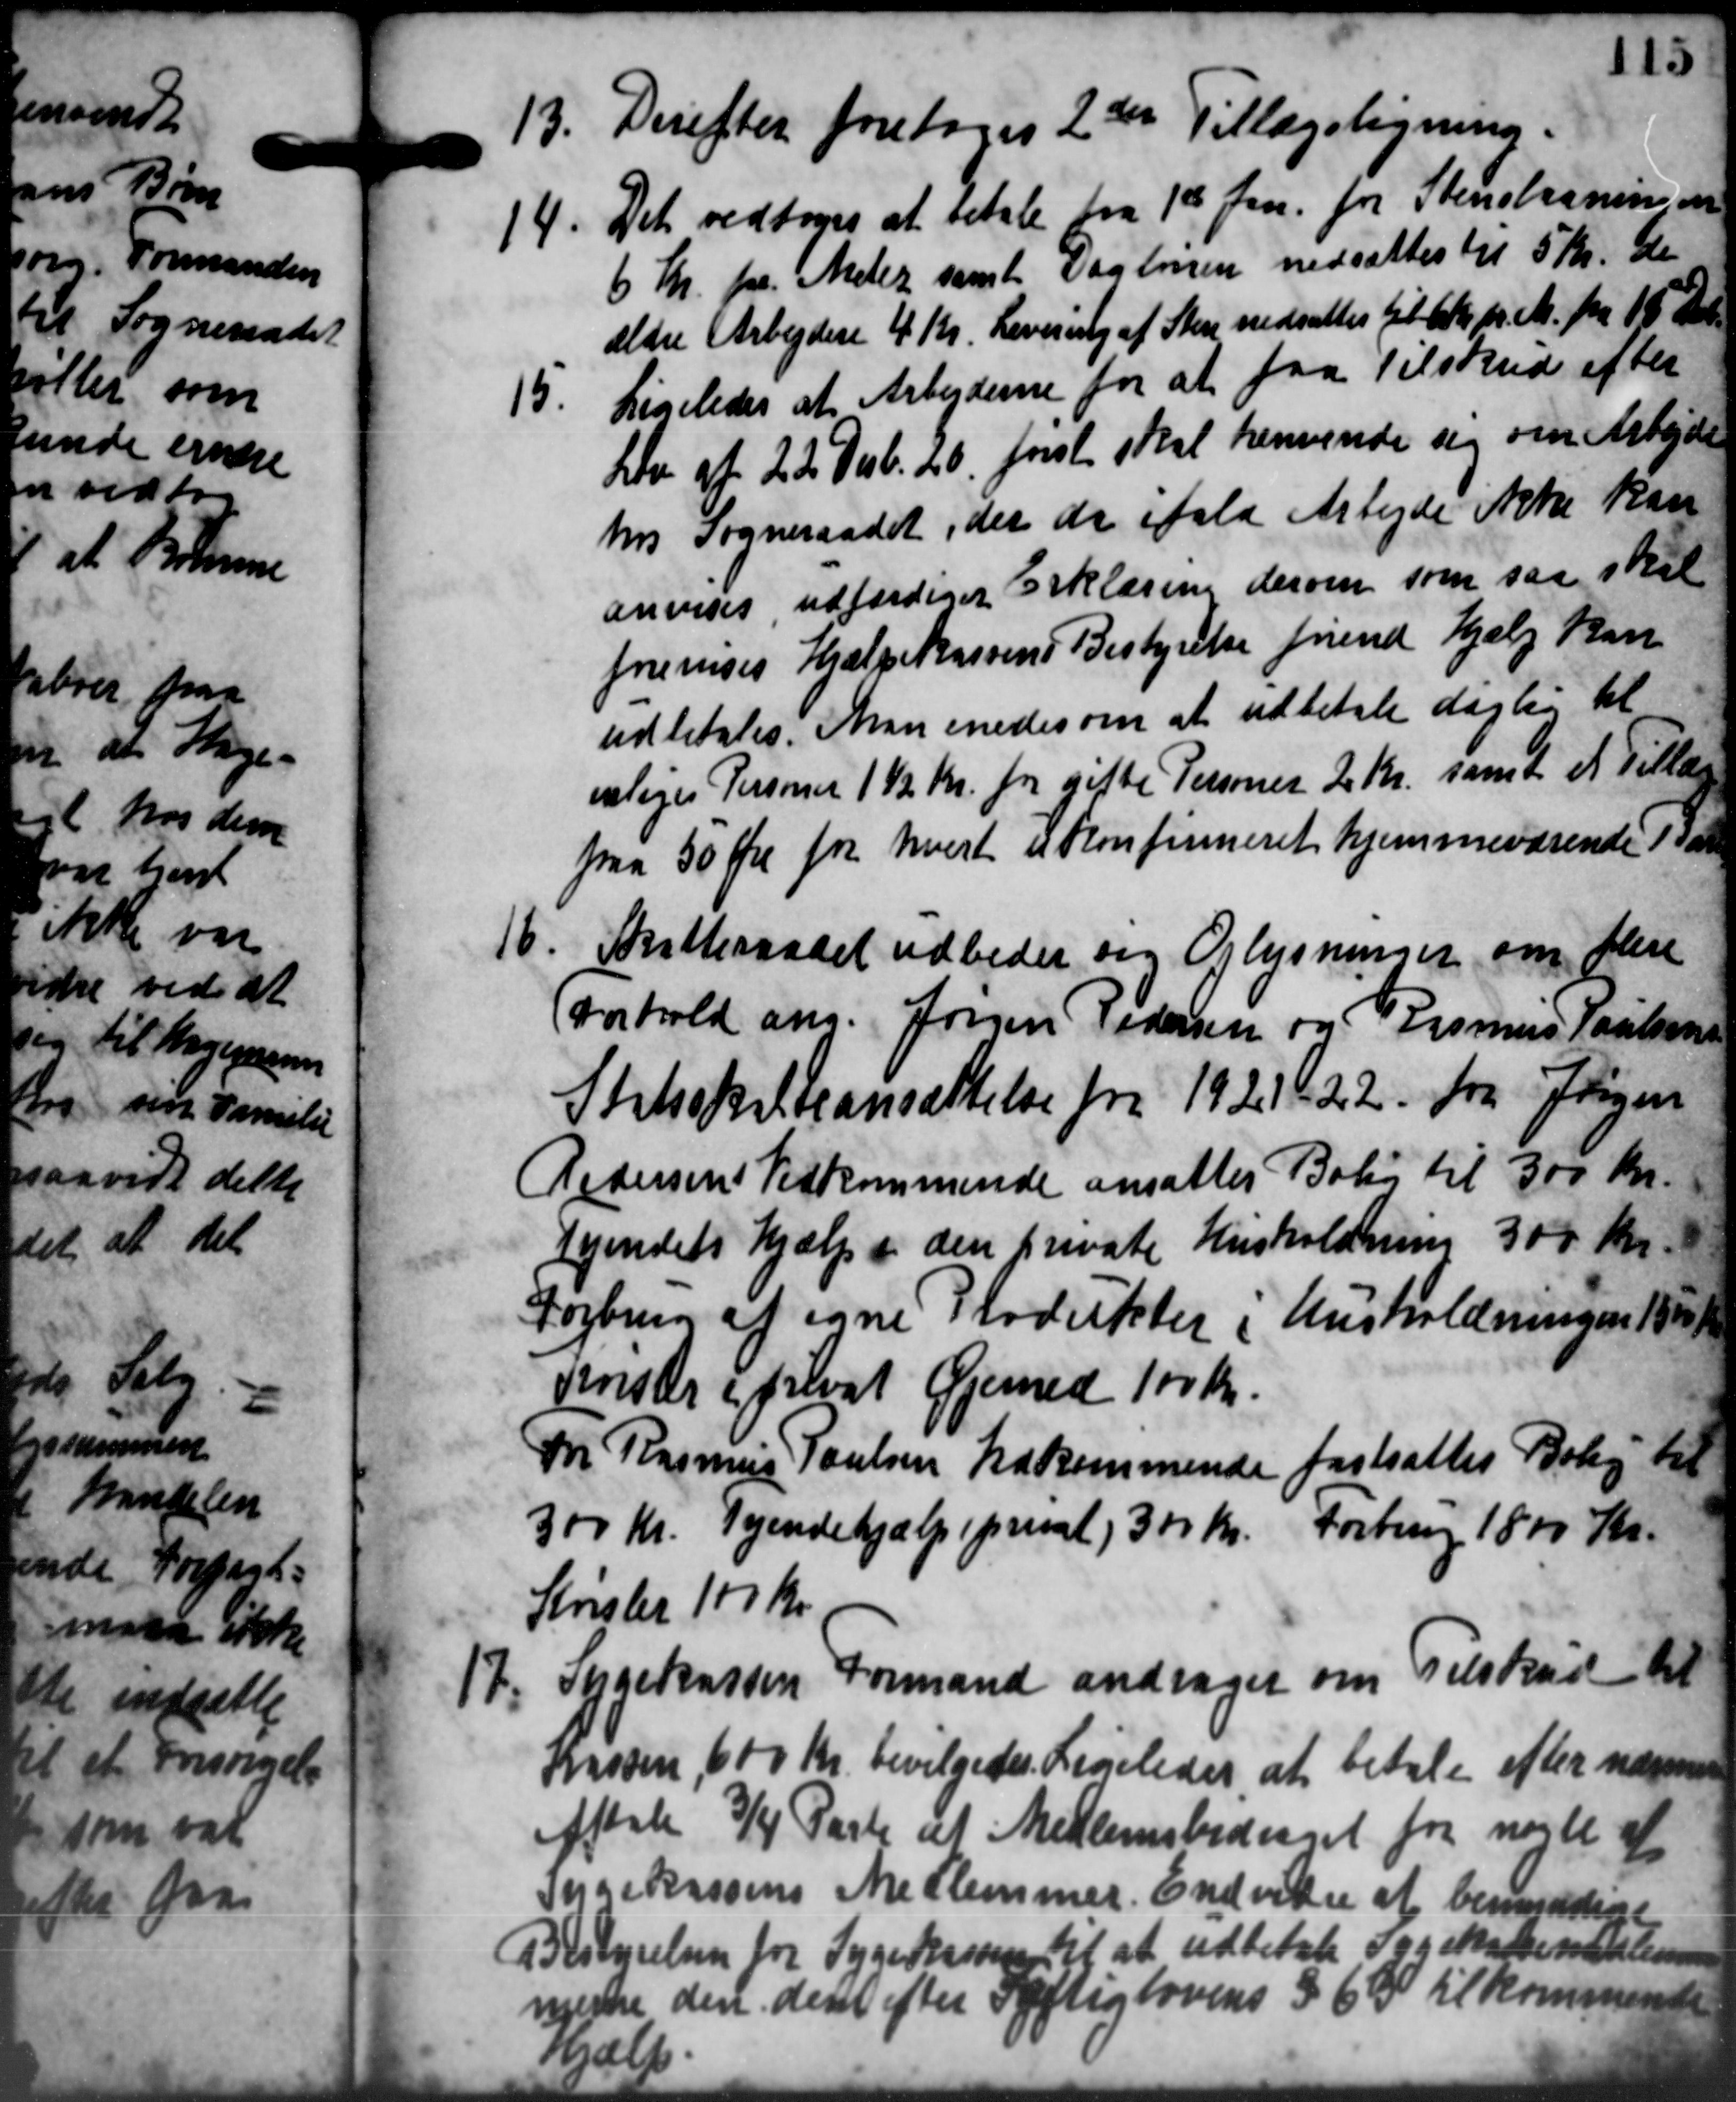
Transskription:
13. Derefter foretoges 2de " Tillægsligning.
13. Derefter foretoges 2de " Tillægsligning.
14. Det vedtoges at betale fra 1st Jan. for Stenslaaning om
14. Det vedtoges at betale fra 1st Jan. for Stenslaaning om
6 Kr. pr. Ander samt vagten nedsættes til 5 Kr. de
ældre Arbejdere 4 Kr. Levering af Sten nedsattes til 6 Kr. pr. M. fra 18 Kr.
15.
Ligeledes at Arbejderne for at faa Tilskud efter
Lov af 22 Dub. 20, først skal henvende sig om Arbejde
hos Sogneraadet, der de ifald Arbejde ikke kan
anvises udfærdiger Erklæring derom som saa skal
forenses Hjælpekassens Bestyrelse friend Hjælp kan
udbetales. Man enedes om at udbetale daglig til
veliges Personer 1½ Kr. for gifte Personer 2 Kr. samt et Tillæg
paa 50 Øre for hvert ukonfirmeret hjemmeværende 1 sa

 Skatteraadet udbeder sig Oplysninger om flere
Forhold ang. Jørgen Pedersen og Rasmus Poulsen
Statsskatteansættelse fra 1921 22 fra Jensen
Pedersens Vedkommende ansattes Bolig til 300 Kr.
Vejendets Hjælp i den private Husholdning 300 Kr.
Forbrug at egne Plodukter i Unsholdningen 1851
Venster i privat Øjemed 100 Kr.
M Rasmus Poulsen Vedkommende fastsattes Bolig til
00 Kr. Tyendehjælp i privat 300 Kr. Forbrug 1800 Kr.
Krister 100 Kr.

Sygekassen Formand andrager om Tilskud til
Masden 600 Kr. bevilgedes Ligeledes at betale efter nærmer
Aftale 3/4 Parte af Medlemsbidraget for nogle af
Sygekassens Medlemmer. Endvidre at bemyndige
styrelsen for Sygekassen til at udbetale Forskabsemedlem
re de efter Fattiglovens § 6 Ø til kommende